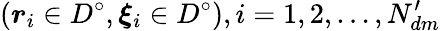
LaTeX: (\boldsymbol{r}_{i}\in D^{\circ},\boldsymbol{\xi}_{i}\in D^{\circ}),i=1,2,...,N_{dm}^{\prime}